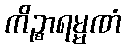
ကိဉ္စာရမ္မဏံ